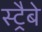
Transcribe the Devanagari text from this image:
स्ट्रैबे